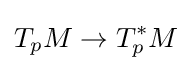
T_{p}M\to T_{p}^{\ast }M